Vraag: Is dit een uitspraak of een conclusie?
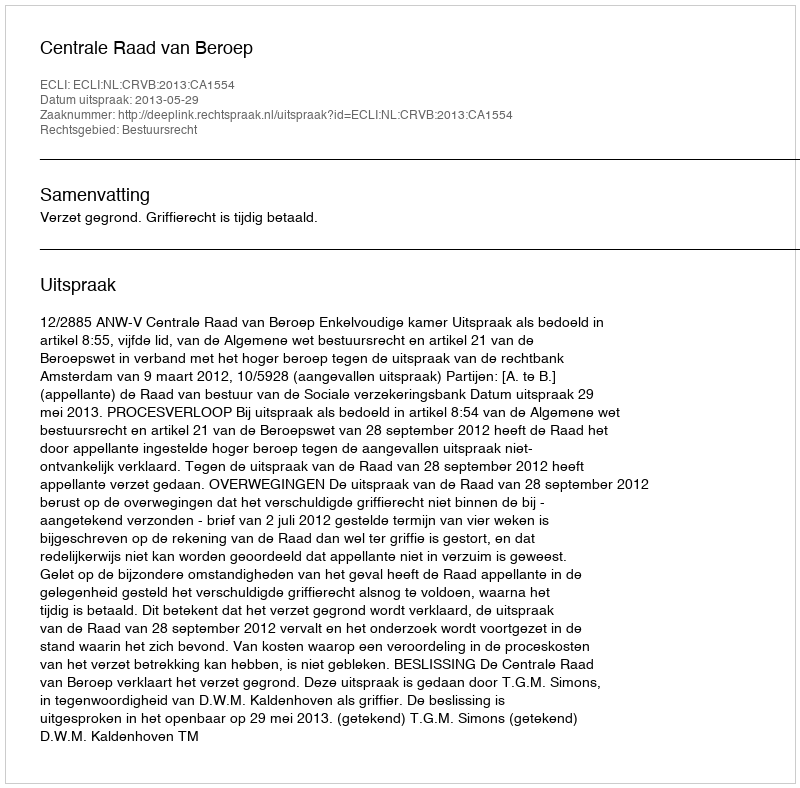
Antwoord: Uitspraak